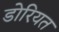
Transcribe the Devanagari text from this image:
डोरियत